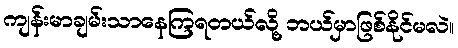
ကျန်းမာချမ်းသာနေကြရတယ်လို့ ဘယ်မှာဖြစ်နိုင်မလဲ။